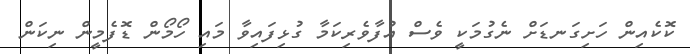
ކޮކެއިން ހަށިގަނޑަށް ނެގުމަކީ ވެސް އުފާވެރިކަމާ ގުޅިފައިވާ މައި ހޯމޯން ޑޮފެމީން ނިކަން